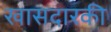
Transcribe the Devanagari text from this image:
खासदारकी